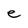
Character: e